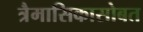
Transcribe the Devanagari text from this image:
त्रैमासिकासोबत